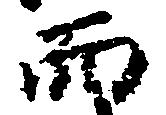
而